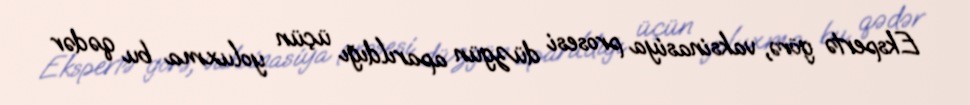
Ekspertə görə, vaksinasiya prosesi düzgün aparıldığı üçün yoluxma bu qədər